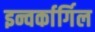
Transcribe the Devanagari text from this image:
इन्वर्कार्गिल